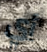
أي